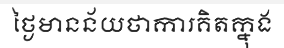
ថ្ងៃមានន័យថាការគិតក្នុង